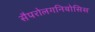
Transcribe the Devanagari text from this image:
सैपरोलगनियोसिस